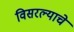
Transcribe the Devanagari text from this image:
विसरल्याचे